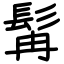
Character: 髯